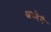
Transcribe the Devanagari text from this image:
श्रध्देने